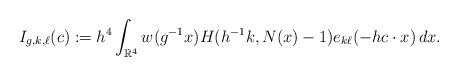
LaTeX: \begin{align*}I_{g,k,\ell}(c):=h^4\int_{\mathbb{R}^4} w(g^{-1}x) H(h^{-1}k, N(x)-1)e_{k\ell}(-hc\cdot x)\, dx.\end{align*}